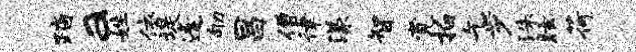
踏a姓依堤逢劬昌僧律漾智觉拍乞步洙眩荷